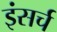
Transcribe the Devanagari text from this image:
इंसर्च